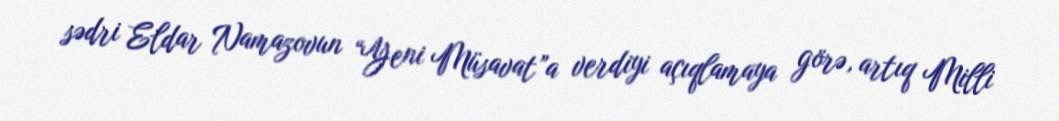
sədri Eldar Namazovun “Yeni Müsavat”a verdiyi açıqlamaya görə, artıq Milli